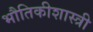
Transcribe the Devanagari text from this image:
भौतिकीशास्त्री